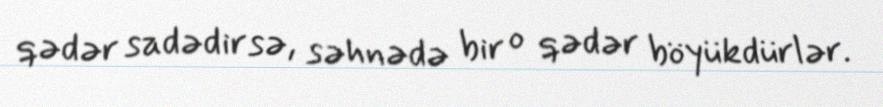
qədər sadədirsə, səhnədə bir o qədər böyükdürlər.